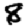
Digit: 8